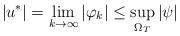
LaTeX: \begin{align*} |u^*|=\lim_{k\to\infty}|\varphi_k|\leq\sup_{\Omega_T}|\psi|\end{align*}